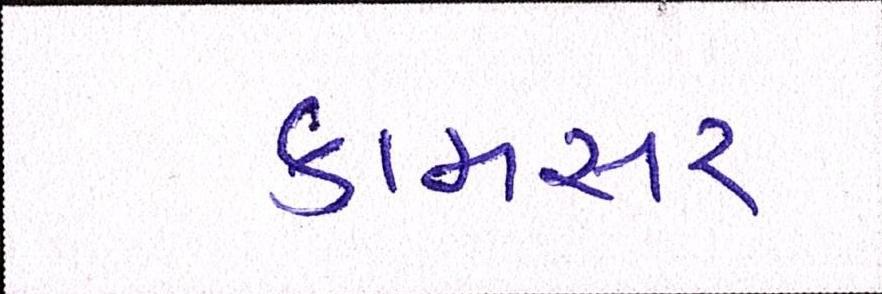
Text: કામસર